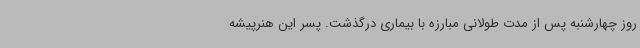
روز چهارشنبه پس از مدت طولانی مبارزه با بیماری درگذشت. پسر این هنرپیشه